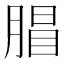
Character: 𣎇